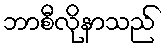
ဘာစီလိုနာသည်